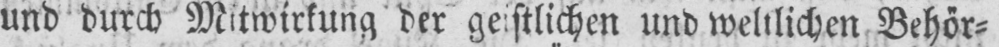
und durch Mitwirkung der geistlichen und weltlichen Behör⸗